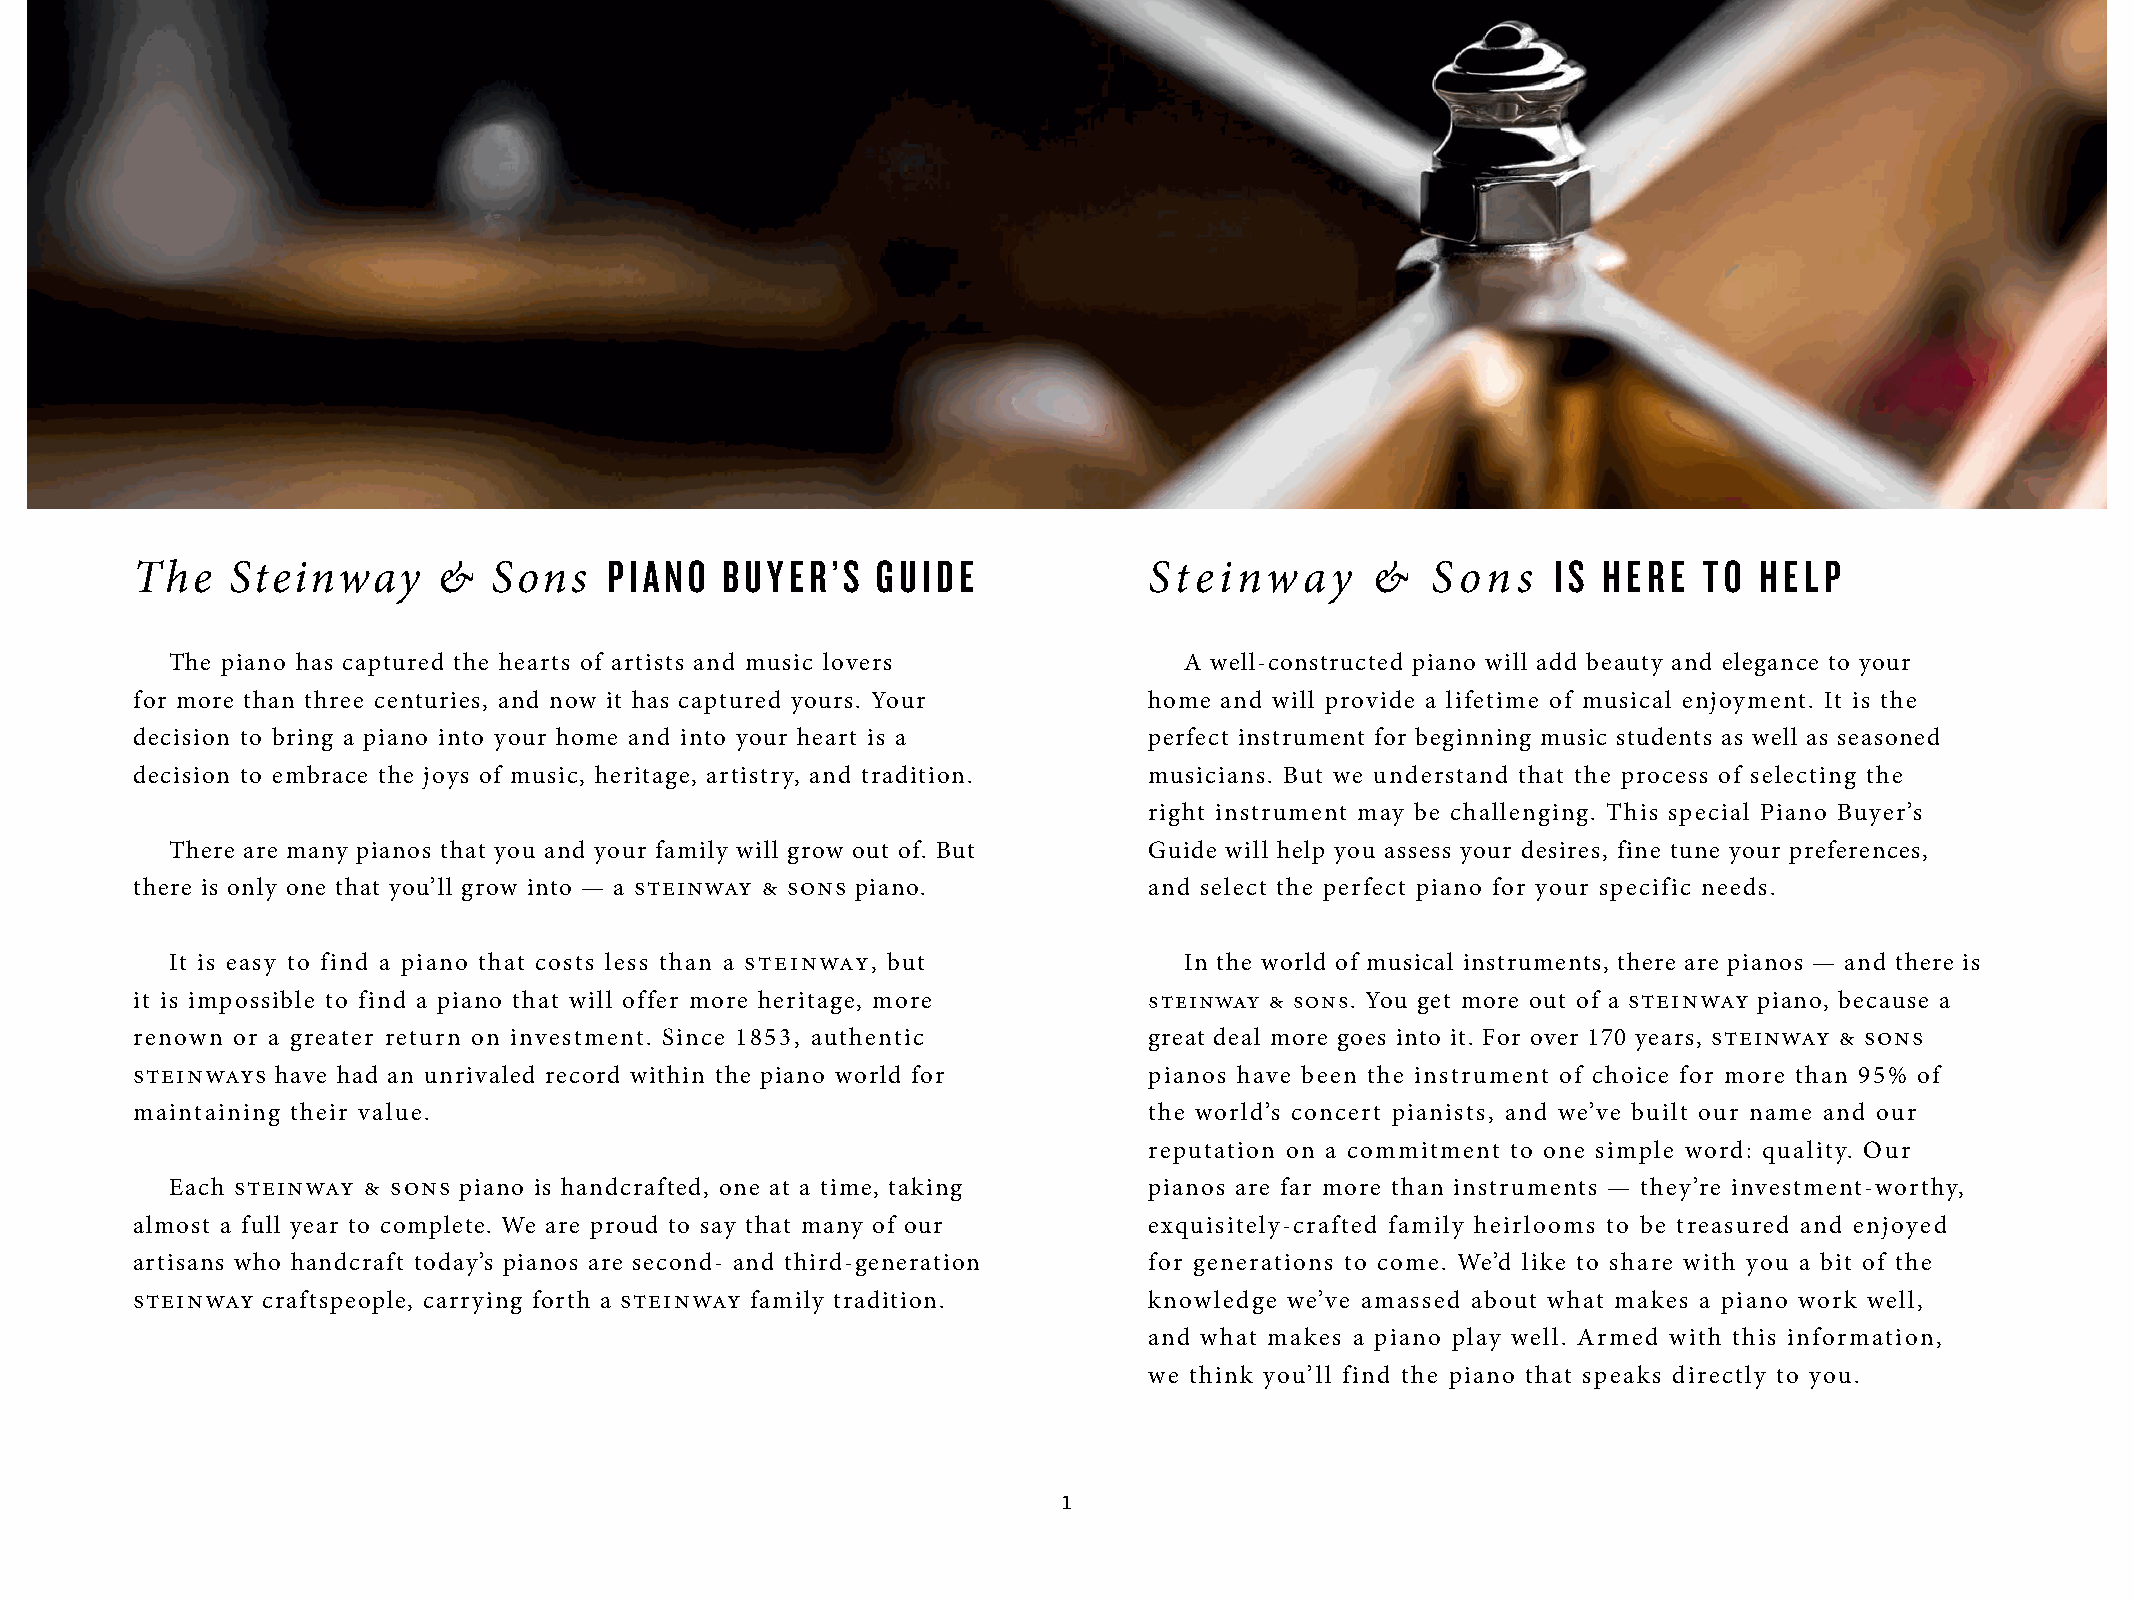
PIANO   BUYER’S   GUIDE                                        IS HERE  TO  HELP
 The   Steinway      &   Sons                                       Steinway       &   Sons
 The piano has captured the hearts of artists and music lovers      A well-constructed piano will add beauty and elegance to your
 for more than three centuries, and now it has captured yours. Your home and will provide a lifetime of musical enjoyment. It is the
 decision to bring a piano into your home and into your heart is a  perfect instrument for beginning music students as well as seasoned
 decision to embrace the joys of music, heritage, artistry, and tradition. musicians. But we understand that the process of selecting the
 right instrument may be challenging. This special Piano Buyer’s
 There are many pianos that you and your family will grow out of. But Guide will help you assess your desires, fine tune your preferences,
 there is only one that you’ll grow into — a steinway & sons piano. and select the perfect piano for your specific needs.
 It is easy to find a piano that costs less than a steinway, but    In the world of musical instruments, there are pianos — and there is
 it is impossible to find a piano that will offer more heritage, more steinway & sons. You get more out of a steinway piano, because a
 renown or a greater return on investment. Since 1853, authentic    great deal more goes into it. For over 170 years, steinway & sons
 steinways have had an unrivaled record within the piano world for  pianos have been the instrument of choice for more than 95% of
 maintaining their value.                                           the world’s concert pianists, and we’ve built our name and our
 reputation on a commitment to one simple word: quality. Our
 Each steinway & sons piano is handcrafted, one at a time, taking pianos are far more than instruments — they’re investment-worthy,
 almost a full year to complete. We are proud to say that many of our exquisitely-crafted family heirlooms to be treasured and enjoyed
 artisans who handcraft today’s pianos are second- and third-generation for generations to come. We’d like to share with you a bit of the
 steinway craftspeople, carrying forth a steinway family tradition. knowledge we’ve amassed about what makes a piano work well,
 and what makes a piano play well. Armed with this information,
 we think you’ll find the piano that speaks directly to you.
 1